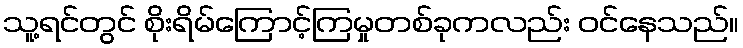
သူ့ရင်တွင် စိုးရိမ်ကြောင့်ကြမှုတစ်ခုကလည်း ဝင်နေသည်။